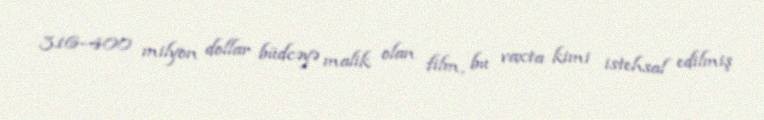
316–400 milyon dollar büdcəyə malik olan film, bu vaxta kimi istehsal edilmiş